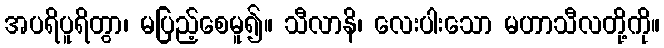
အပရိပူရိတွာ၊ မပြည့်စေမူ၍။ သီလာနိ၊ လေးပါးသော မဟာသီလတို့ကို။